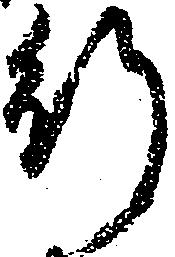
行